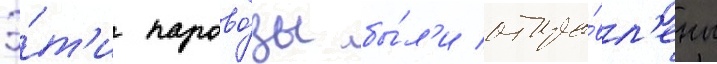
Э́т'и парово́зы бы́л'и отпра́вл'ены